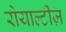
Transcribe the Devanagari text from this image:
रोयाल्टीज़